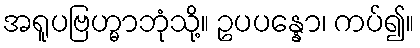
အရူပဗြဟ္မာဘုံသို့။ ဥပပန္နော၊ ကပ်၍။